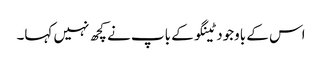
اس کے باوجود ٹینگو کے باپ نے کچھ نہیں کہا۔